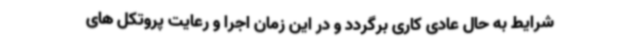
شرایط به حال عادی کاری برگردد و در این زمان اجرا و رعایت پروتکل های